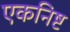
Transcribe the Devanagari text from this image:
एकनिष्ट